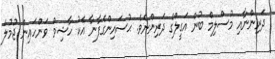
ދަރިންނާއި މުސްލިމް ބުން އަގީލްގެ ދަރިންނެވެ. ޙުސައިންގެފާނާ އެކު ހާޝިމް ވަންހައިން ޖުމުލަ